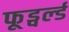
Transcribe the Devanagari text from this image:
फूड्वर्ल्ड